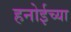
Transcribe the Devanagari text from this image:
हनोईच्या